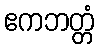
ဧကဘတ္တံ